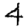
Digit: 4